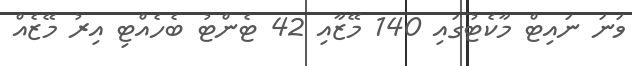
ވަނަ ނައިޓް މާކެޓުގައި 140 މޭޒާއި 42 ޓެންޓު ބެހެއްޓި އިރު މޭޒެއް